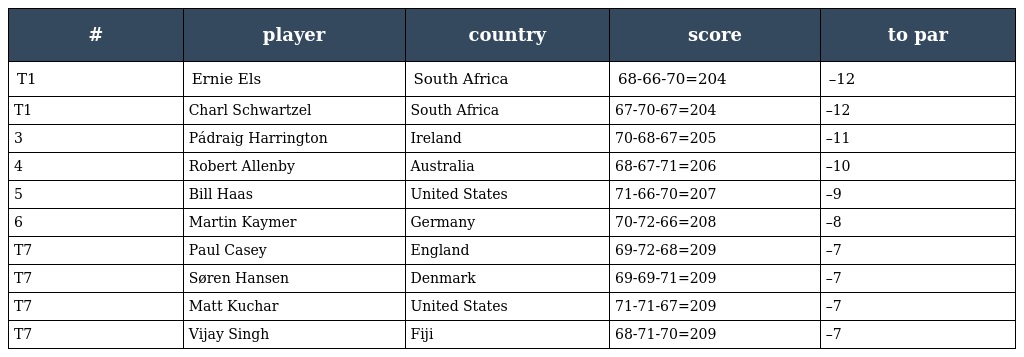
| # | player | country | score | to par |
 | --- | --- | --- | --- | --- |
 | T1 | Ernie Els | South Africa | 68-66-70=204 | –12 |
 | T1 | Charl Schwartzel | South Africa | 67-70-67=204 | –12 |
 | 3 | Pádraig Harrington | Ireland | 70-68-67=205 | –11 |
 | 4 | Robert Allenby | Australia | 68-67-71=206 | –10 |
 | 5 | Bill Haas | United States | 71-66-70=207 | –9 |
 | 6 | Martin Kaymer | Germany | 70-72-66=208 | –8 |
 | T7 | Paul Casey | England | 69-72-68=209 | –7 |
 | T7 | Søren Hansen | Denmark | 69-69-71=209 | –7 |
 | T7 | Matt Kuchar | United States | 71-71-67=209 | –7 |
 | T7 | Vijay Singh | Fiji | 68-71-70=209 | –7 |